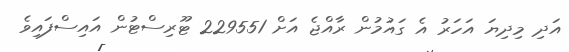
އަދި މިދިޔަ އަހަރު އެ ގައުމުން ރާއްޖެ އަށް 229551 ޓޫރިސްޓުން އައިސްފައިވެ